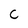
Character: C